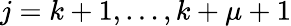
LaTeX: j=k+1,\ldots,k+\mu+1